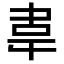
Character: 𮧰